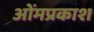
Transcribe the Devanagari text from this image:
ओंमप्रकाश